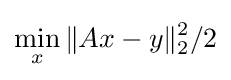
\min _{x}\|Ax-y\|_{2}^{2}/2